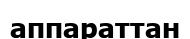
аппараттан